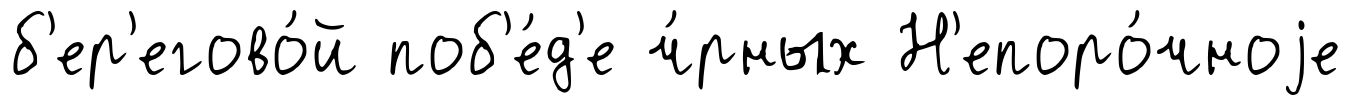
б'ер'егово́й поб'е́д'е ч́рных Н'епоро́чноjе